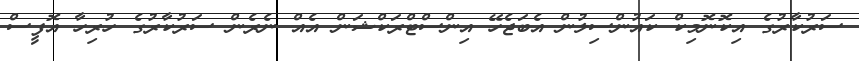
ސަރުކާރުގެ އިކޮނޮމިކް ކައުންސިލުން އެބަޖެހޭ އިންސްޓްރަކްޝަން އެއް ނެރެން ސަރުކާރުގެ ހުރިހާ އޮފީސް